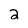
Character: 2